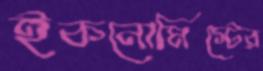
ইকনোমিস্টের